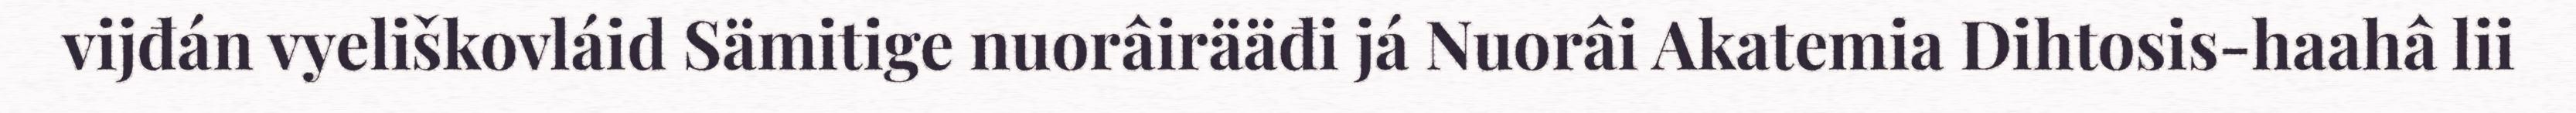
vijđán vyeliškovláid Sämitige nuorâirääđi já Nuorâi Akatemia Dihtosis-haahâ lii